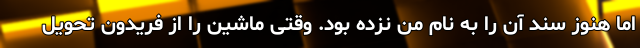
اما هنوز سند آن را به نام من نزده بود. وقتی ماشین را از فریدون تحویل